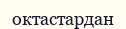
октастардан